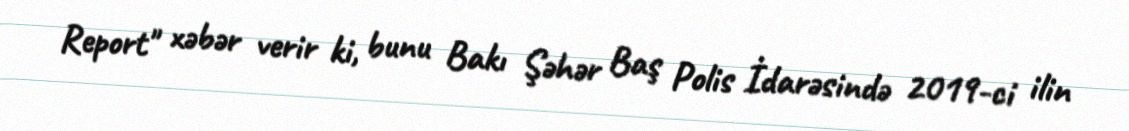
Report" xəbər verir ki, bunu Bakı Şəhər Baş Polis İdarəsində 2019-ci ilin